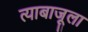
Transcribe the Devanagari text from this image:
त्याबाजूला